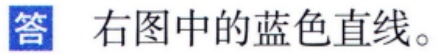
答 右图中的蓝色直线。